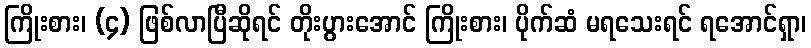
ကြိုးစား၊ (၄) ဖြစ်လာပြီဆိုရင် တိုးပွားအောင် ကြိုးစား၊ ပိုက်ဆံ မရသေးရင် ရအောင်ရှာ၊